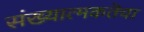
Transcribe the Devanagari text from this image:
संख्यात्मकतॆचा